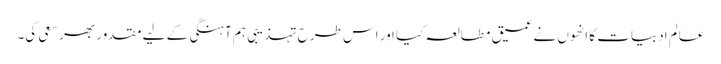
عالم ادبیات کا انھوں نے عمیق مطالعہ کیا اور اس طرح تہذیبی ہم آہنگی کے لیے مقدور بھر سعی کی۔